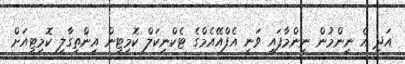
އަދި އެ ނިންމުން ނިންމާފައި ވަނީ އެފްއޭއެމްގެ ޓެކްނިކަލް ކޮމިޓީން އިންތިގާލި ކޮމިޓީއަށް